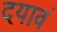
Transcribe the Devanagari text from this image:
दयावं